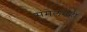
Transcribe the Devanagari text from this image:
संमेलनही